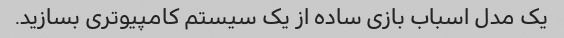
یک مدل اسباب بازی ساده از یک سیستم کامپیوتری بسازید.